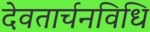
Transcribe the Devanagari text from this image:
देवतार्चनविधि